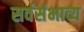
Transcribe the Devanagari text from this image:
सर्वसंभाव्य